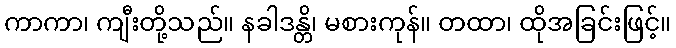
ကာကာ၊ ကျီးတို့သည်။ နခါဒန္တိ၊ မစားကုန်။ တထာ၊ ထိုအခြင်းဖြင့်။